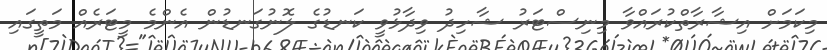
މިކަމަށް އިޝާރާތްކުރައްވާ މިނިސްޓަރު ޝާހިދު ވިދާޅުވީ ކަނޑުގެ ލޮނުގަނޑުން އެންމެ މީޓަރެއް މަތީގައި